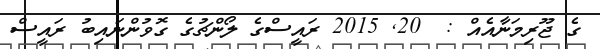
ގެ ޖޫރިމަނާއެއް :  20